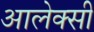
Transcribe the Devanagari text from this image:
आलेक्सी